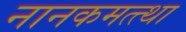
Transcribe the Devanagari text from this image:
नानकमत्त्था